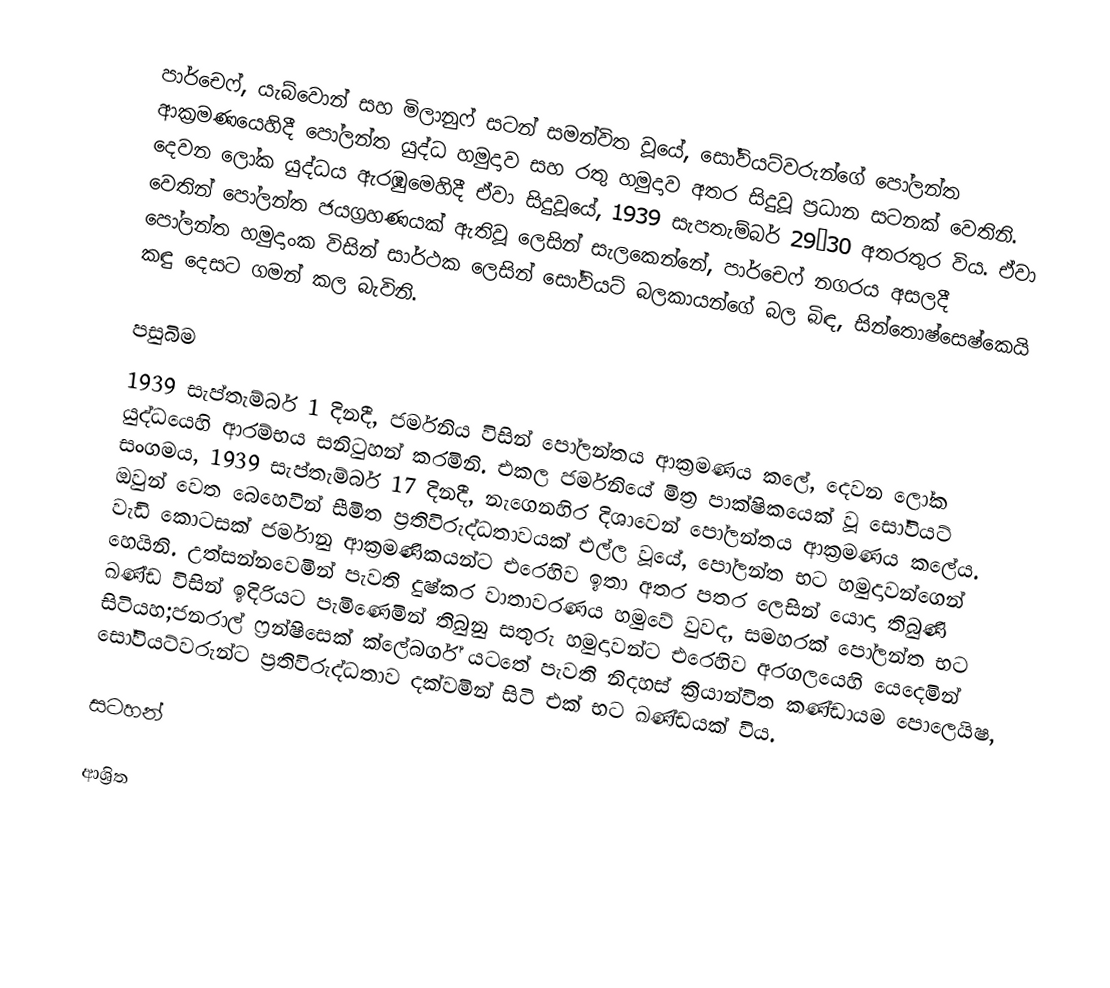
පාර්චෙෆ්, යැබ්වොන් සහ මිලානුෆ් සටන් සමන්විත වූයේ,  සෝවියට්වරුන්ගේ පෝලන්ත ආක්‍රමණයෙහිදී  පෝලන්ත යුද්ධ හමුදාව සහ රතු හමුදාව අතර සිදුවූ ප්‍රධාන සටනක් වෙතිනි. දෙවන ලෝක යුද්ධය ඇරඹුමෙහිදී ඒවා සිදුවූයේ, 1939 සැපතැම්බර් 29–30 අතරතුර විය. ඒවා වෙතින් පෝලන්ත ජයග්‍රහණයක් ඇතිවූ ලෙසින් සැලකෙන්නේ,  පාර්චෙෆ් නගරය අසලදී පෝලන්ත හමුදාංක විසින් සාර්ථක ලෙසින් සෝවියට් බලකායන්ගේ බල බිඳ, සින්තොෂ්සෙෂ්කෙයි කඳු දෙසට ගමන් කල බැවිනි.

පසුබිම
1939 සැප්තැම්බර් 1 දිනදී, ජර්මනිය විසින් පෝලන්තය ආක්‍රමණය කලේ, දෙවන ලෝක යුද්ධයෙහි ආරම්භය සනිටුහන් කරමිනි. එකල ජර්මනියේ මිත්‍ර පාක්ෂිකයෙක් වූ සෝවියට් සංගමය, 1939 සැප්තැම්බර් 17 දිනදී,  නැගෙනහිර දිශාවෙන් පෝලන්තය ආක්‍රමණය කලේය. ඔවුන් වෙත බෙහෙවින් සීමිත ප්‍රතිවිරුද්ධතාවයක් එල්ල වූයේ, පෝලන්ත භට හමුදාවන්ගෙන් වැඩි කොටසක් ජර්මානු ආක්‍රමණිකයන්ට එරෙහිව ඉතා අතර පතර ලෙසින් යොදා තිබුණි හෙයිනි. උත්සන්නවෙමින් පැවති දුෂ්කර වාතාවරණය හමුවේ වුවද, සමහරක් පෝලන්ත භට ඛණ්ඩ විසින් ඉදිරියට පැමිණෙමින් තිබුනු සතුරු හමුදාවන්ට එරෙහිව අරගලයෙහි යෙදෙමින් සිටියහ;ජනරාල් ෆ්‍රන්ෂිසෙක් ක්ලේබර්ග් යටතේ පැවති නිදහස් ක්‍රියාන්විත කණ්ඩායම පොලෙයිෂ, සෝවියට්වරුන්ට ප්‍රතිවිරුද්ධතාව දක්වමින් සිටි එක් භට ඛණ්ඩයක් විය.

සටහන්

ආශ්‍රිත